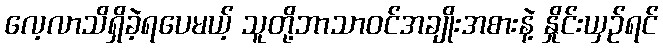
လေ့လာသိရှိခဲ့ရပေမယ့် သူတို့ဘာသာဝင်အချိုးအစားနဲ့ နှိုင်းယှဉ်ရင်